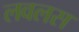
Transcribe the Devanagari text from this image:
लवलस